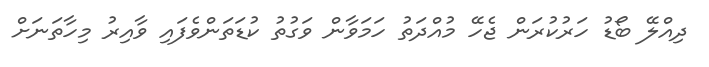
ދިއްލޭ ބޯޑު ހަރުކުރަން ޖެހޭ މުއްދަތު ހަމަވާން ވަގުތު ކުޑަތަންވެފައި ވާއިރު މިހާތަނަށް